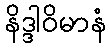
နိဒ္ဒါဝိမာနံ